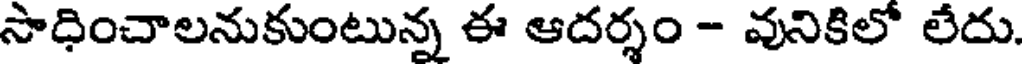
సాధించాలనుకుంటున్న ఈ ఆదర్శం - వునికిలో లేదు.